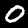
Digit: 0